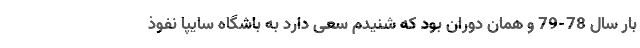
بار سال 78-79 و همان دوران بود که شنیدم سعی دارد به باشگاه سایپا نفوذ